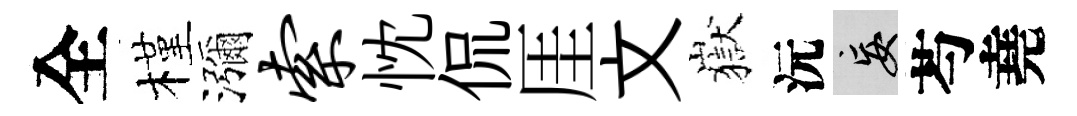
全槿瀰索忱侃厓文嶽沅妄芍堯